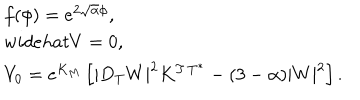
LaTeX: \left. \begin{array} { l } { { f ( \phi ) = e ^ { 2 \sqrt \alpha \phi } , \ } } \\ { { w i d e h a t { V } = 0 , } } \\ { { V _ { 0 } = e ^ { K _ { M } } \left[ | D _ { T } W | ^ { 2 } K ^ { T \, T ^ { * } } - ( 3 - \alpha ) | W | ^ { 2 } \right] . } } \\ \end{array} \right.